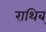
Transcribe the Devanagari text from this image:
राथिब्